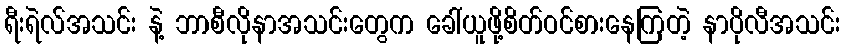
ရီးရဲလ်အသင်း နဲ့ ဘာစီလိုနာအသင်းတွေက ခေါ်ယူဖို့စိတ်ဝင်စားနေကြတဲ့ နာပိုလီအသင်း